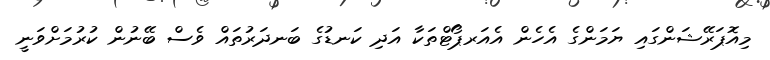
މިއޮޕަރޭޝަންގައި ޔަމަންގެ އެހެން އެއަރޕޯޓްތަކާ އަދި ކަނޑުގެ ބަނދަރުތައް ވެސް ބޭނުން ކުރުމަށްވަނީ